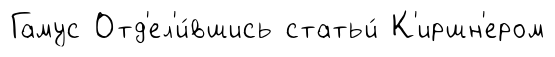
Гамус Отд'ел'и́вшись статьи́ К'иршн'ером